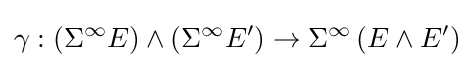
\gamma :\left(\Sigma ^{\infty }E\right)\wedge \left(\Sigma ^{\infty }E'\right)\to \Sigma ^{\infty }\left(E\wedge E'\right)